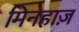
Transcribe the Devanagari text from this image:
मिनहाज़